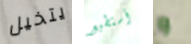
يتخيل أستطيع و